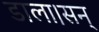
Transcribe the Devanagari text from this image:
डाला।सन्